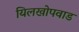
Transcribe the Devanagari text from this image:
यिलखोपवाड